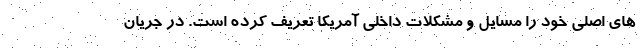
های اصلی خود را مسایل و مشکلات داخلی آمریکا تعریف کرده است. در جریان